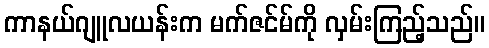
ကာနယ်ဂျူလယန်းက မက်ဇင်မ်ကို လှမ်းကြည့်သည်။